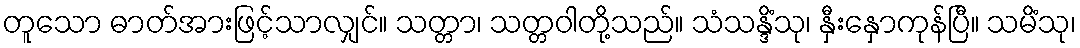
တူသော ဓာတ်အားဖြင့်သာလျှင်။ သတ္တာ၊ သတ္တဝါတို့သည်။ သံသန္ဒိံသု၊ နှီးနှောကုန်ပြီ။ သမိံသု၊